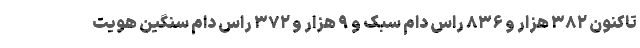
تاکنون ۳۸۲ هزار و ۸۳۶ راس دام سبک و ۹ هزار و ۳۷۲ راس دام سنگین هویت